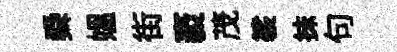
舜媪街袤茂裟抺句